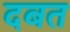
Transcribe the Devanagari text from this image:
दबत